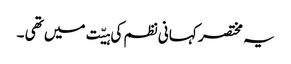
یہ مختصر کہانی نظم کی ہیّت میں تھی ۔